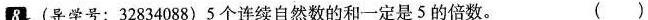
8.(导学号：32834088)5个连续自然数的和一定是5的倍数。( )